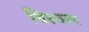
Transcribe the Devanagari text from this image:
थिरुवरूर